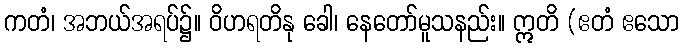
ကတံ၊ အဘယ်အရပ်၌။ ဝိဟရတိနု ခေါ၊ နေတော်မူသနည်း။ ဣတိ (ဧတံ ဧသော